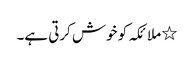
٭ ملائکہ کو خوش کرتی ہے۔